Indian journal of veterinary science and animal husbandry - Volume 4,
Year: 1934
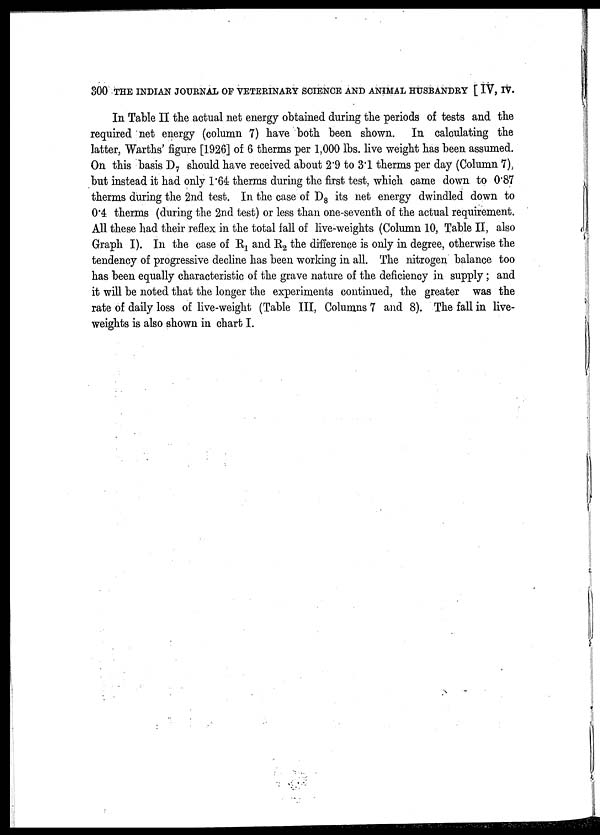
300 THE INDIAN JOURNAL OF VETERINARY SCIENCE AND ANIMAL HUSBANDRY [ IV, IV.
In Table II the actual net energy obtained during the periods of tests and the
required net energy (column 7) have both been shown. In calculating the
latter, Warths' figure [1926] of 6 therms per 1,000 lbs. live weight has been assumed.
On this basis D 7 should have received about 2.9 to 3.1 therms per day (Column 7),
but instead it had only 1.64 therms during the first test, which came down to 0.87
therms during the 2nd test. In the case of D 8 its net energy dwindled down to
0.4 therms (during the 2nd test) or less than one-seventh of the actual requirement.
All these had their reflex in the total fall of live-weights (Column 10, Table II, also
Graph I). In the case of R 1 and R 2 the difference is only in degree, otherwise the
tendency of progressive decline has been working in all. The nitrogen balance too
has been equally characteristic of the grave nature of the deficiency in supply ; and
it will be noted that the longer the experiments continued, the greater was the
rate of daily loss of live-weight (Table III, Columns 7 and 8). The fall in live-
weights is also shown in chart I.